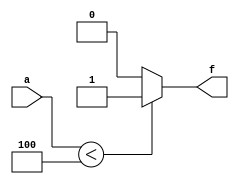
module function1(
    input [3:0] a,
    output f
    );
reg f;

always@(a) begin
	if( a < 4 )
		f = 1;
	else
		f = 0;
end

endmodule